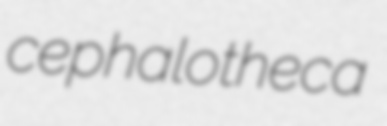
cephalotheca